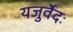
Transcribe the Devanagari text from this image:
यजुर्वेदः